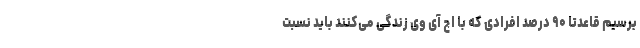
برسیم قاعدتا ۹۰ درصد افرادی که با اچ آی وی زندگی می‌کنند باید نسبت